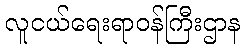
လူငယ်ရေးရာဝန်ကြီးဌာန